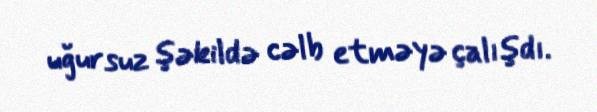
uğursuz şəkildə cəlb etməyə çalışdı.